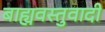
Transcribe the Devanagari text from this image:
बाह्यवस्तुवादी